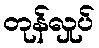
တုန်လှုပ်